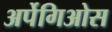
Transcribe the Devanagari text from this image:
अर्पेगिओस